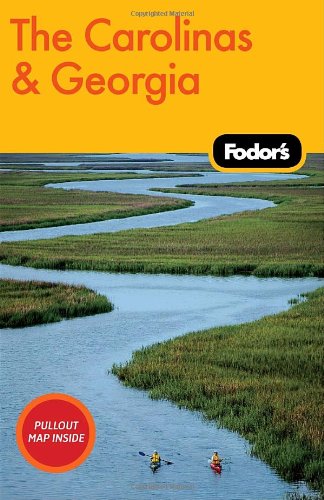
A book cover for Fodor's The Carolinas & Georgia, 18th Edition (Travel Guide); Fodor's; Travel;